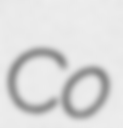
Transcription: Co